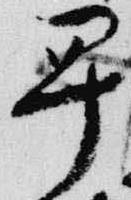
早